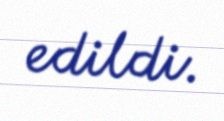
edildi.